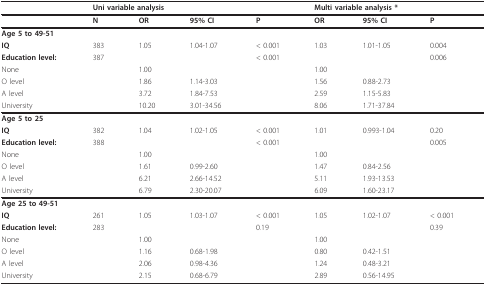
<table><thead><tr><td></td><td colspan="3"><b>Uni variable analysis</b></td><td></td><td colspan="3"><b>Multi variable analysis *</b></td></tr></thead><tbody><tr><td></td><td><b>N</b></td><td><b>OR</b></td><td><b>95% CI</b></td><td><b>P</b></td><td><b>OR</b></td><td><b>95% CI</b></td><td><b>P</b></td></tr><tr><td><b>Age 5 to 49-51</b></td><td></td><td></td><td></td><td></td><td></td><td></td><td></td></tr><tr><td><b>IQ</b></td><td>383</td><td>1.05</td><td>1.04-1.07</td><td>&lt; 0.001</td><td>1.03</td><td>1.01-1.05</td><td>0.004</td></tr><tr><td><b>Education level:</b></td><td>387</td><td></td><td></td><td>&lt; 0.001</td><td></td><td></td><td>0.006</td></tr><tr><td>None</td><td></td><td>1.00</td><td></td><td></td><td>1.00</td><td></td><td></td></tr><tr><td>O level</td><td></td><td>1.86</td><td>1.14-3.03</td><td></td><td>1.56</td><td>0.88-2.73</td><td></td></tr><tr><td>A level</td><td></td><td>3.72</td><td>1.84-7.53</td><td></td><td>2.59</td><td>1.15-5.83</td><td></td></tr><tr><td>University</td><td></td><td>10.20</td><td>3.01-34.56</td><td></td><td>8.06</td><td>1.71-37.84</td><td></td></tr><tr><td><b>Age 5 to 25</b></td><td></td><td></td><td></td><td></td><td></td><td></td><td></td></tr><tr><td><b>IQ</b></td><td>382</td><td>1.04</td><td>1.02-1.05</td><td>&lt; 0.001</td><td>1.01</td><td>0.993-1.04</td><td>0.20</td></tr><tr><td><b>Education level:</b></td><td>388</td><td></td><td></td><td>&lt; 0.001</td><td></td><td></td><td>0.005</td></tr><tr><td>None</td><td></td><td>1.00</td><td></td><td></td><td>1.00</td><td></td><td></td></tr><tr><td>O level</td><td></td><td>1.61</td><td>0.99-2.60</td><td></td><td>1.47</td><td>0.84-2.56</td><td></td></tr><tr><td>A level</td><td></td><td>6.21</td><td>2.66-14.52</td><td></td><td>5.11</td><td>1.93-13.53</td><td></td></tr><tr><td>University</td><td></td><td>6.79</td><td>2.30-20.07</td><td></td><td>6.09</td><td>1.60-23.17</td><td></td></tr><tr><td><b>Age 25 to 49-51</b></td><td></td><td></td><td></td><td></td><td></td><td></td><td></td></tr><tr><td><b>IQ</b></td><td>261</td><td>1.05</td><td>1.03-1.07</td><td>&lt; 0.001</td><td>1.05</td><td>1.02-1.07</td><td>&lt; 0.001</td></tr><tr><td><b>Education level:</b></td><td>283</td><td></td><td></td><td>0.19</td><td></td><td></td><td>0.39</td></tr><tr><td>None</td><td></td><td>1.00</td><td></td><td></td><td>1.00</td><td></td><td></td></tr><tr><td>O level</td><td></td><td>1.16</td><td>0.68-1.98</td><td></td><td>0.80</td><td>0.42-1.51</td><td></td></tr><tr><td>A level</td><td></td><td>2.06</td><td>0.98-4.36</td><td></td><td>1.24</td><td>0.48-3.21</td><td></td></tr><tr><td>University</td><td></td><td>2.15</td><td>0.68-6.79</td><td></td><td>2.89</td><td>0.56-14.95</td><td></td></tr></tbody></table>